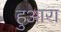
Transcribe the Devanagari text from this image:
हुआरा